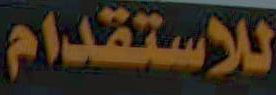
للاستقدام